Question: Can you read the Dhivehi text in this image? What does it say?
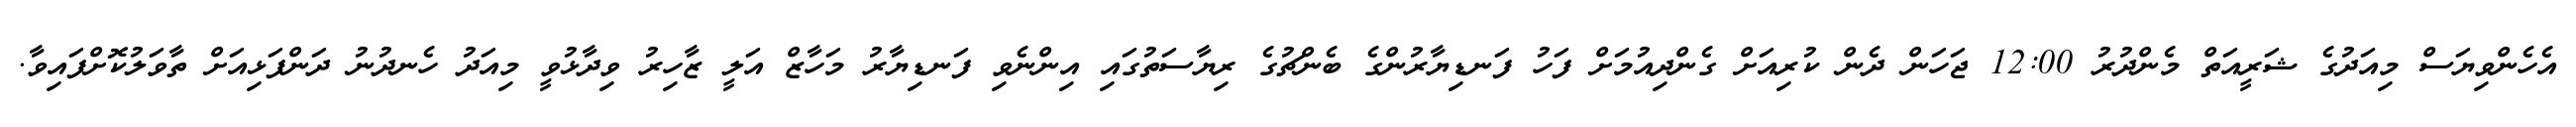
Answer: އެހެންވިޔަސް މިއަދުގެ ޝަރީއަތް މެންދުރު 12:00 ޖަހަން ދެން ކުރިއަށް ގެންދިއުމަށް ފަހު ފަނޑިޔާރުންގެ ބެންޗުގެ ރިޔާސަތުގައި އިންނެވި ފަނޑިޔާރު މަހާޒް އަލީ ޒާހިރު ވިދާޅުވީ މިއަދު ހެނދުނު ދަންފަޅިއަށް ތާވަލުކޮށްފައިވާ.